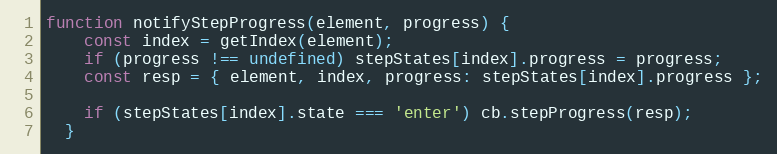
Language: JavaScript
function notifyStepProgress(element, progress) {
    const index = getIndex(element);
    if (progress !== undefined) stepStates[index].progress = progress;
    const resp = { element, index, progress: stepStates[index].progress };

    if (stepStates[index].state === 'enter') cb.stepProgress(resp);
  }